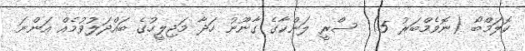
ކޮލަމްބޯ (ނޮވެމްބަރު 5): ސްރީ ލަންކާގެ ގާނޫނު ހަދާ މަޖިލީހުގެ ބައްދަލުވުމެއް އަންނަ